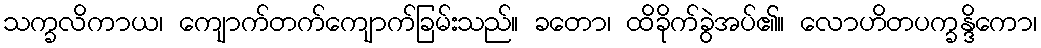
သက္ခလိကာယ၊ ကျောက်တက်ကျောက်ခြမ်းသည်။ ခတော၊ ထိခိုက်ခွဲအပ်၏။ လောဟိတပက္ခန္ဒိကော၊